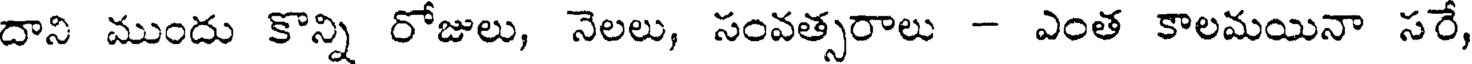
దాని ముందు కొన్ని రోజులు, నెలలు, సంవత్సరాలు - ఎంత కాలమయినా సరే,